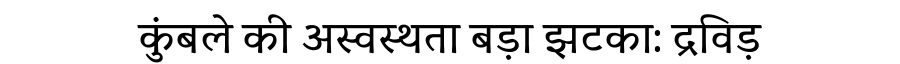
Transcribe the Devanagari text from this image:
कुंबले की अस्वस्थता बड़ा झटका: द्रविड़